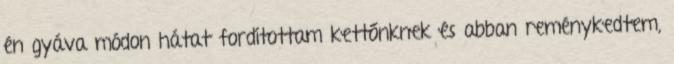
én gyáva módon hátat fordítottam kettőnknek és abban reménykedtem,